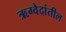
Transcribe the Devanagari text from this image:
ऋग्वेदांतील